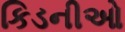
કિડનીઓ